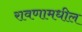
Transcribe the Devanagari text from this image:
रावणामधील